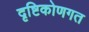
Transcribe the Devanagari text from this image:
दृष्टिकोणगत